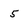
Character: 5